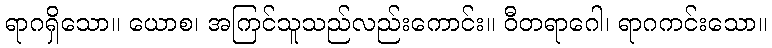
ရာဂရှိသော။ ယောစ၊ အကြင်သူသည်လည်းကောင်း။ ဝီတရာဂေါ၊ ရာဂကင်းသော။